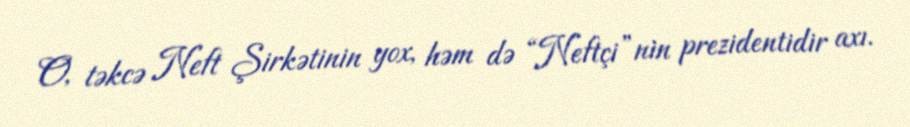
O, təkcə Neft Şirkətinin yox, həm də “Neftçi”nin prezidentidir axı.